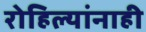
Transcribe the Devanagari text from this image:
रोहिल्यांनाही